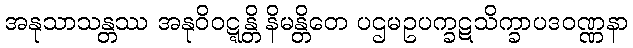
အနုသာသန္တဿ အနုဝိဝဋ္ဋန္တိ နိမန္တိတေ ပဌမဥပက္ခဋသိက္ခာပဒဝဏ္ဏနာ